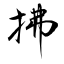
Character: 拂